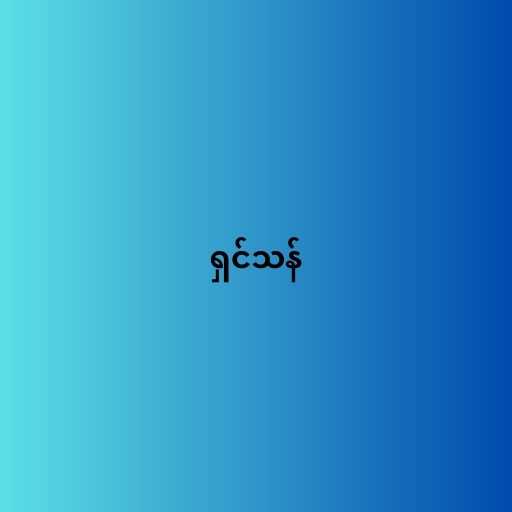
ရှင်သန်